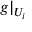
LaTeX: g | _ { U _ { i } }